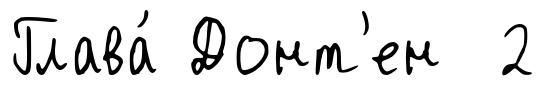
Глава́ Донт'ен 2